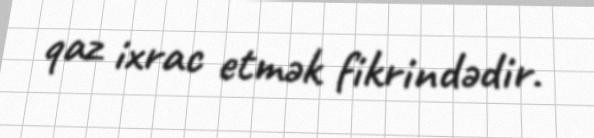
qaz ixrac etmək fikrindədir.